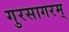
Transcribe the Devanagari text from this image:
गुरसागरम्